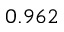
0 . 9 6 2